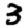
Digit: 3